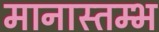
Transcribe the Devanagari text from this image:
मानास्तम्भ